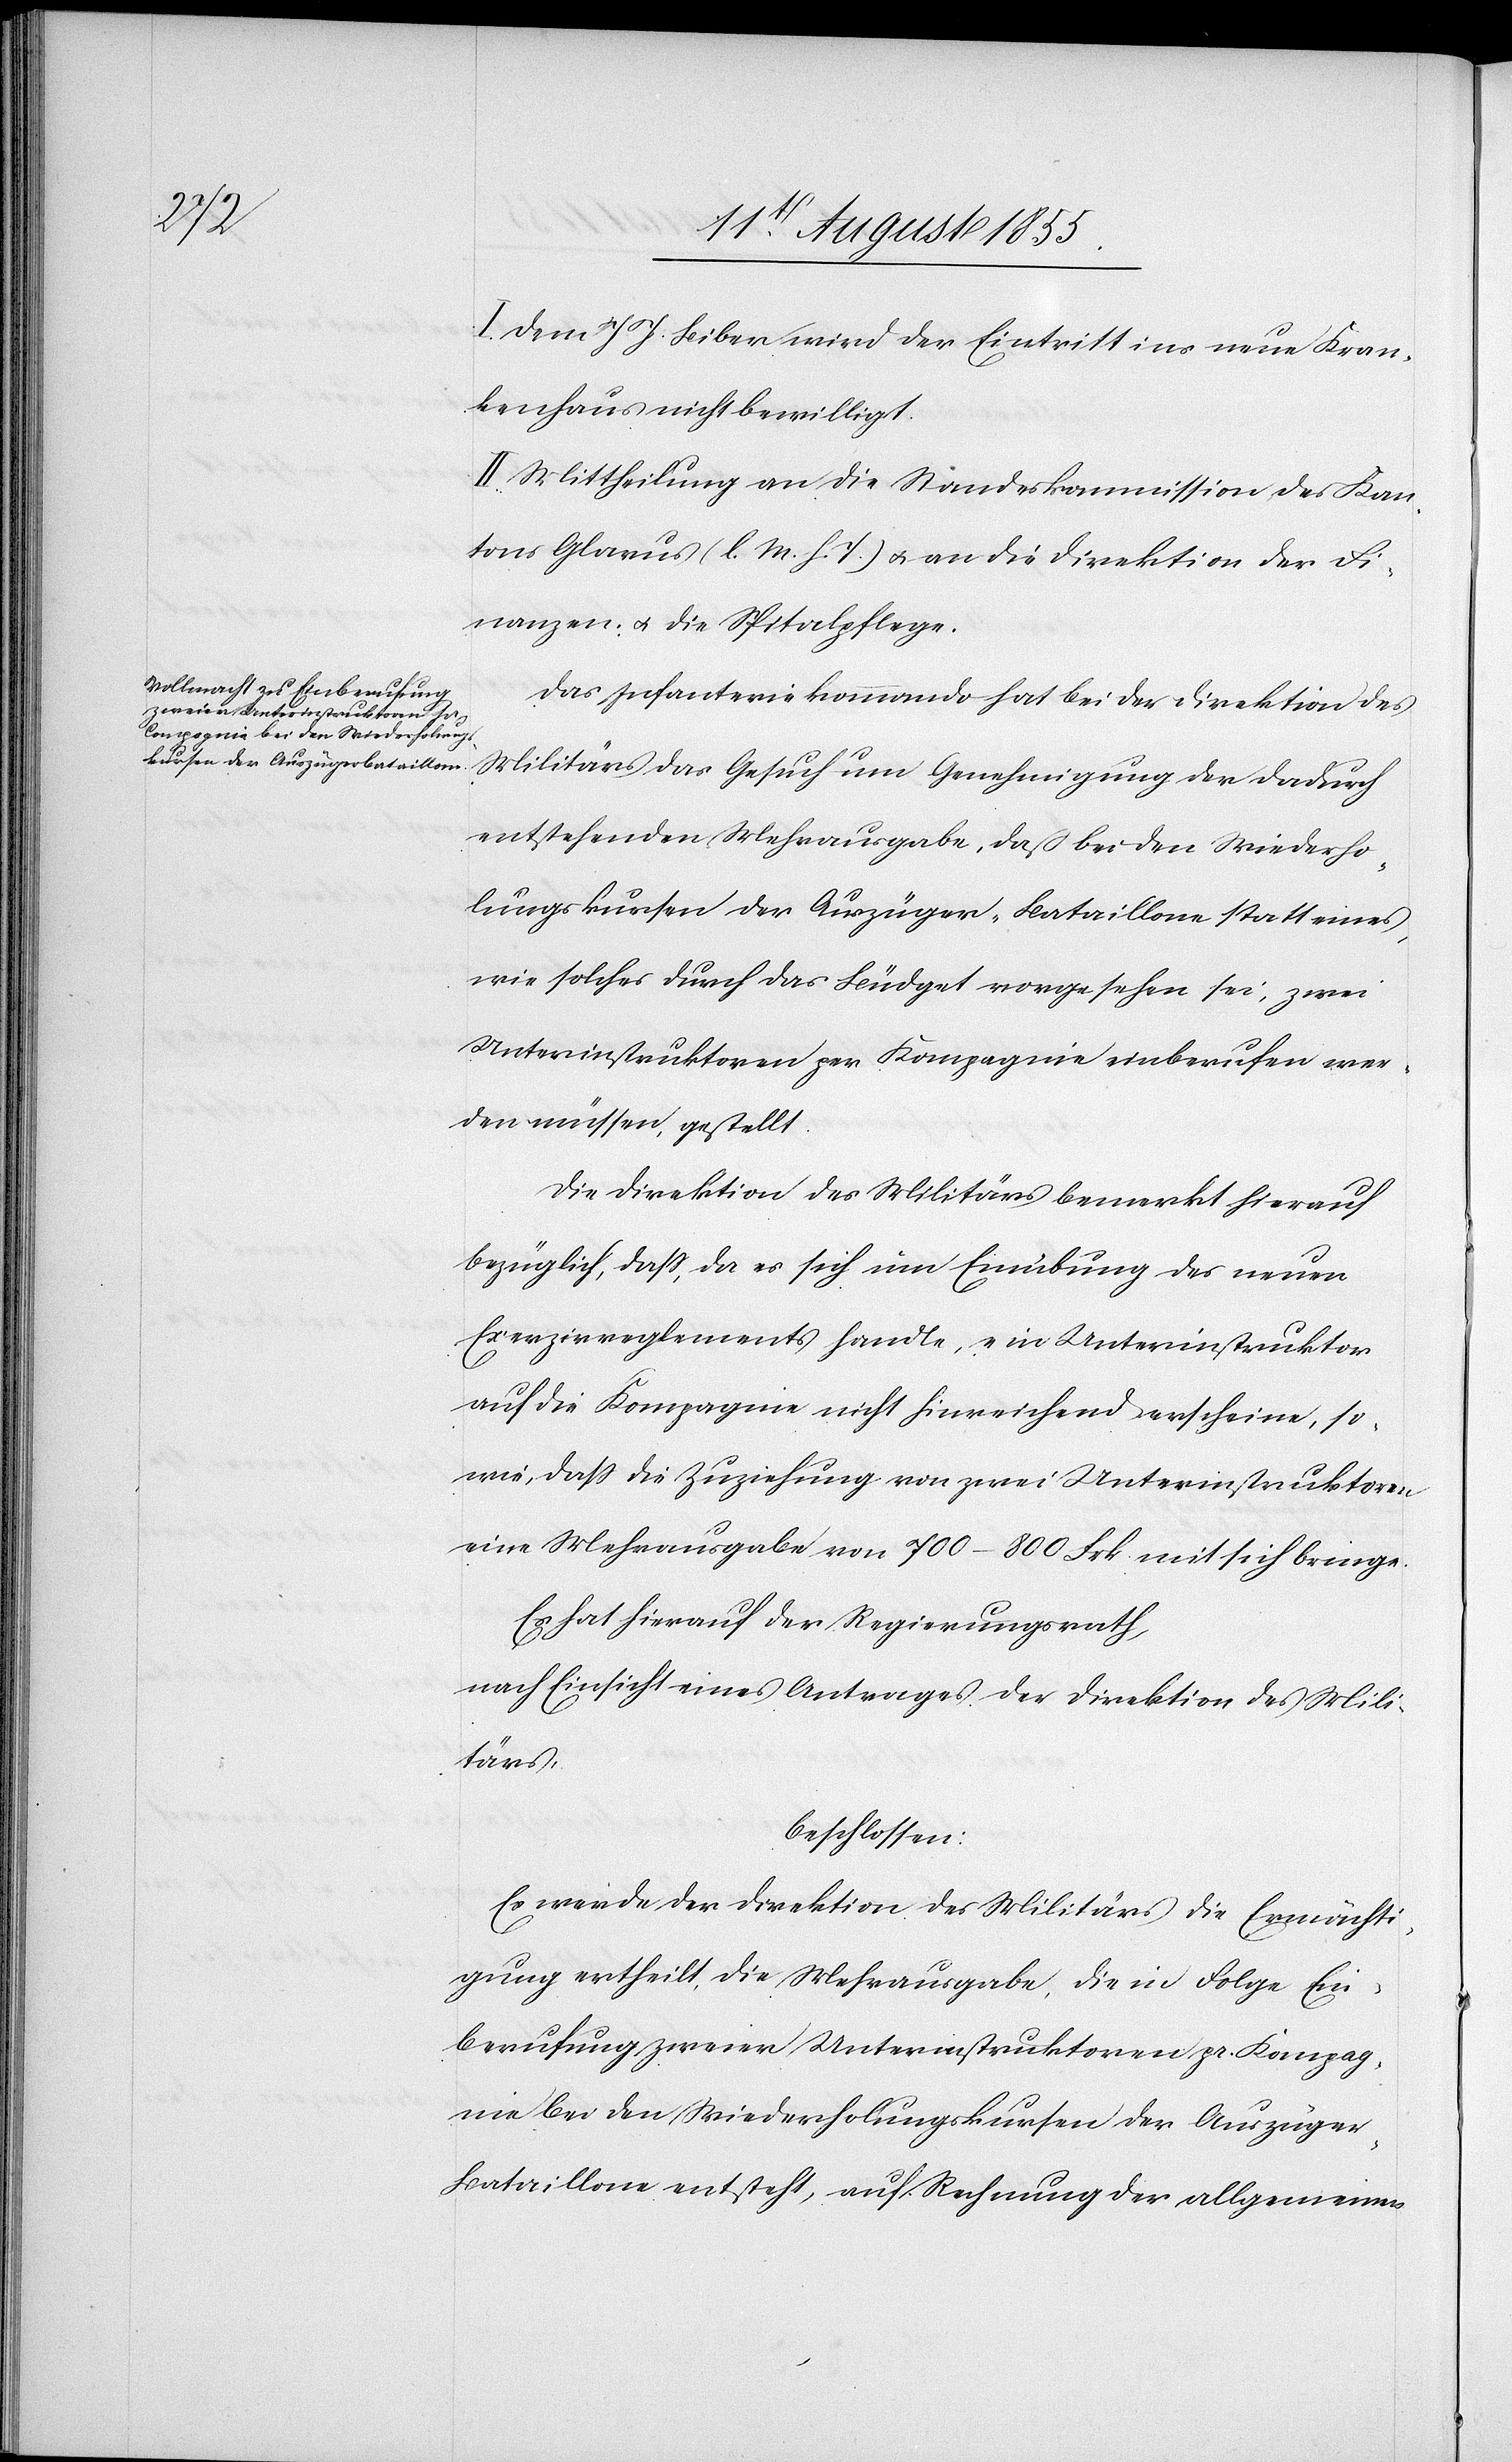
I. Dem J. J: Biber wird der Eintritt ins neue Kran¬
kenhaus nicht bewilligt.
II. Mittheilung an die Standeskommission des Kan¬
tons Glarus (l. M. h. T.) & an die Direktion der Fi¬
nanzen & die Spitalpflege.
Das Infanteriekommando hat bei der Direktion des
Militärs das Gesuch um Genehmigung der dadurch
entstehenden Mehrausgabe, daß bei den Wiederho¬
lungskursen der Auszüger-Bataillone statt eines,
wie solches durch das Büdget vorgesehen sei, zwei
Unterinstruktoren per Kompagnie einberufen wer¬
den müssen, gestellt.
Die Direktion des Militärs bemerkt hierauf
bezüglich, dass, da es sich um Einübung des neuen
Exerzirreglements handle, ein Unterinstruktor
auf die Kompagnie nicht hinreichend erscheine, so¬
wie, dass die Zuziehung von zwei Unterinstruktoren
eine Mehrausgabe von 700–800 Frk. mit sich bringe.
Es hat hierauf der Regierungsrath,
nach Einsicht eines Antrages der Direktion des Mili¬
tärs,
beschlossen:
Es werde der Direktion des Militärs die Ermächti¬
gung ertheilt, die Mehrausgabe, die in Folge Ein¬
berufung zweier Unterinstruktoren pr. Kompag¬
nie bei den Wiederholungskursen der Auszüge¬
r-Bataillone entsteht, auf Rechnung der allgemeinen